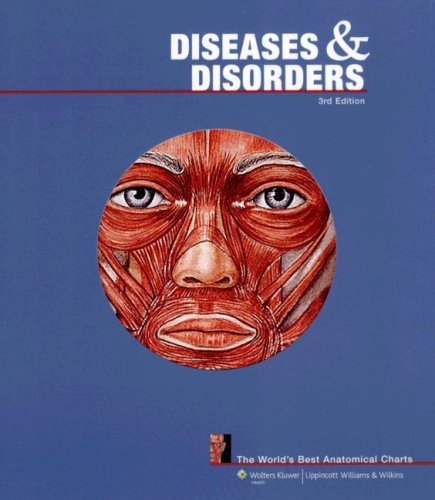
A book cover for Diseases and Disorders: The World's Best Anatomical Charts (The World's Best Anatomical Chart Series); Anatomical Chart Company; Medical Books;